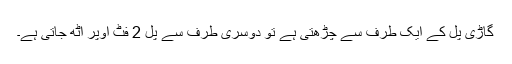
گاڑی پل کے ايک طرف سے چڑھتی ہے تو دوسری طرف سے پل 2 فٹ اوپر اُٹھ جاتی ہے۔